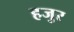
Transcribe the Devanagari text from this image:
हजुर